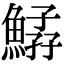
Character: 𩹆